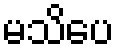
မသိပေ